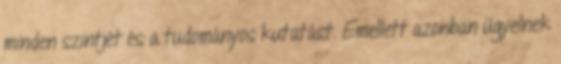
minden szintjét és a tudományos kutatást. Emellett azonban ügyelnek